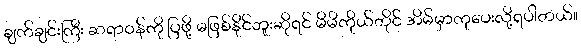
ချက်ချင်းကြီး ဆရာဝန်ကို ပြဖို့ မဖြစ်နိုင်ဘူးဆိုရင် မိမိကိုယ်တိုင် အိမ်မှာကုပေးလို့ရပါတယ်။